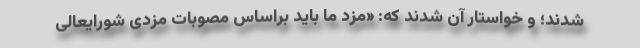
شدند؛ و خواستار آن شدند که: «مزد ما باید براساس مصوبات مزدی شورایعالی